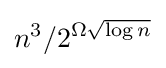
n^{3}/2^{\Omega {\sqrt {\log n}}}